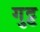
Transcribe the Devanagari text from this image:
गुट्ट